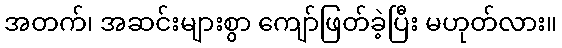
အတက်၊ အဆင်းများစွာ ကျော်ဖြတ်ခဲ့ပြီး မဟုတ်လား။